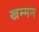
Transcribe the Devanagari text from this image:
खम्मन